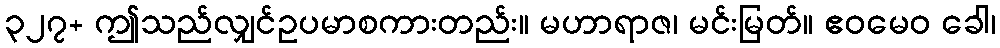
၃၂၇+ ဤသည်လျှင်ဥပမာစကားတည်း။ မဟာရာဇ၊ မင်းမြတ်။ ဧဝမေဝ ခေါ၊